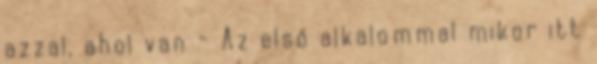
azzal, ahol van - Az első alkalommal mikor itt